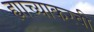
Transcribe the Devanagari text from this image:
ह्याच्याकरवी